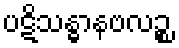
ပဋိသန္ဓာနဗလဉ္စ